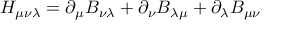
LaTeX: H _ { \mu \nu \lambda } = \partial _ { \mu } B _ { \nu \lambda } + \partial _ { \nu } B _ { \lambda \mu } + \partial _ { \lambda } B _ { \mu \nu }